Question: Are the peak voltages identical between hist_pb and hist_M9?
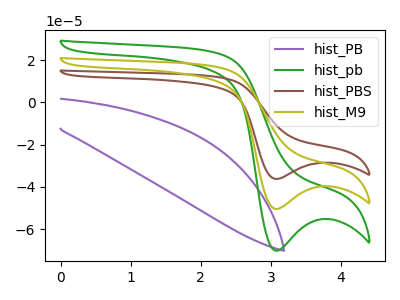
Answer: <think>The purple curve "hist_PB" has no peaks. The green curve "hist_pb" has a cathodic peak at: (3.10V, -70.25uA). The brown curve "hist_PBS" has a cathodic peak at: (3.10V, -101.00uA). The olive curve "hist_M9" has a cathodic peak at: (3.10V, -50.50uA).</think>
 <answer>Yes, "hist_pb" have a peak in "hist_M9" at the same potential.</answer>
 <eval>match</eval>